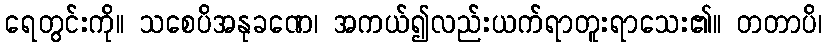
ရေတွင်းကို။ သစေပိအနုခဏေ၊ အကယ်၍လည်းယက်ရာတူးရာသေး၏။ တတာပိ၊